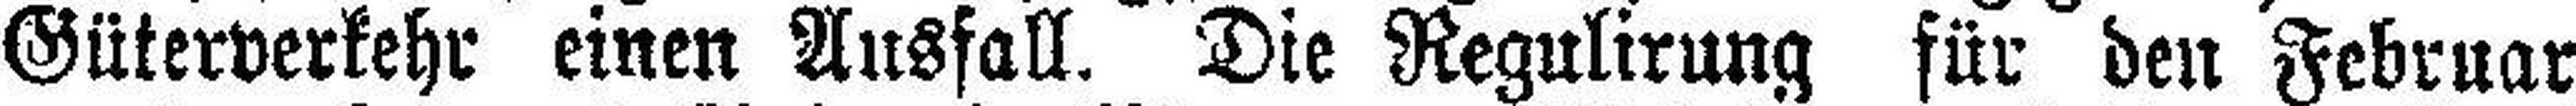
Güterverkehr einen Ausfall. Die Regulirung für den Februar